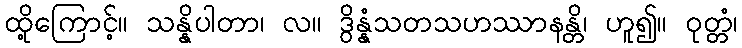
ထို့ကြောင့်။ သန္နိပါတာ၊ လ။ ဒွိန္နံသတသဟဿာနန္တိ၊ ဟူ၍။ ဝုတ္တံ၊